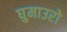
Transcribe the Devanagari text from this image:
घुमाउरो